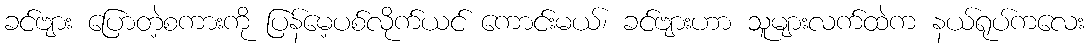
ခင်ဗျား ပြောတဲ့စကားကို ပြန်မေ့ပစ်လိုက်ယင် ကောင်းမယ်၊ ခင်ဗျားဟာ သူများလက်ထဲက နယ်ရုပ်ကလေး